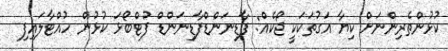
ކުޅުންތެރިންނަށް ކިޔާ އަގުތަކަކީ ޖޯކެއް: ފާޑިނަންޑްފާޑިނަންޑް ފުޓްބޯޅަ ކުޅުން ހުއްޓާލައިފި